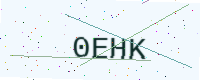
Text: 0EHK